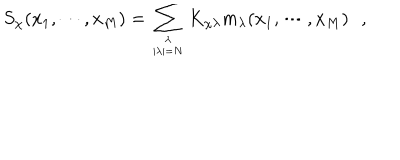
LaTeX: S _ { \chi } ( x _ { 1 } , \cdots , x _ { M } ) = \sum _ { \lambda \atop | \lambda | = N } K _ { \chi \lambda } m _ { \lambda } ( x _ { 1 } , \cdots , x _ { M } ) \, \, \, \, ,